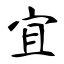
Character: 宜